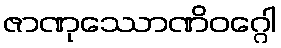
ဇာဏုဿောဏိဝဂ္ဂေါ